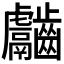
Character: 𪙿